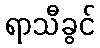
ရာသီခွင်